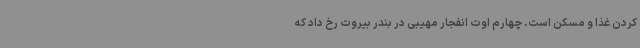
کردن غذا و مسکن است. چهارم اوت انفجار مهیبی در بندر بیروت رخ داد که